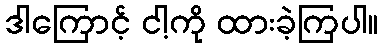
ဒါကြောင့် ငါ့ကို ထားခဲ့ကြပါ။